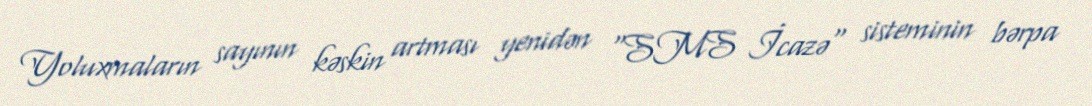
Yoluxmaların sayının kəskin artması yenidən "SMS İcazə" sisteminin bərpa